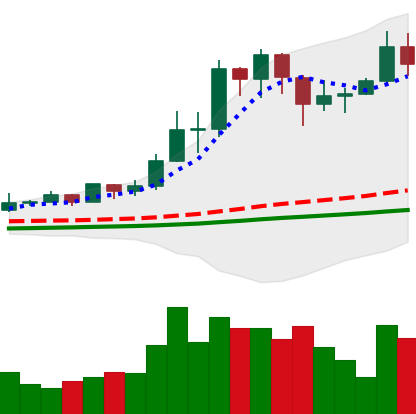
Ticker: TRX-USD
Chart end date: 2021-02-20
Forward return: -22.115%
Label: down_7plus